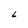
Character: L